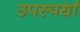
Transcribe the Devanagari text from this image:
उपस्पर्धा